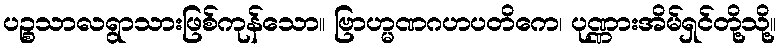
ပဉ္စသာလရွာသားဖြစ်ကုန်သော။ ဗြာဟ္မဏဂဟပတိကေ၊ ပုဏ္ဏားအိမ်ရှင်တို့သို့။